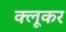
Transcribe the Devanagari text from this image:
क्लूकर